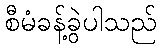
စီမံခန့်ခွဲပါသည်